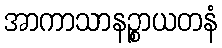
အာကာသာနဉ္စာယတနံ